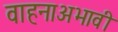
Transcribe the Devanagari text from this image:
वाहनाअभावी